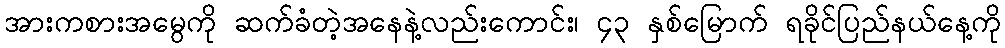
အားကစားအမွေကို ဆက်ခံတဲ့အနေနဲ့လည်းကောင်း၊ ၄၃ နှစ်မြောက် ရခိုင်ပြည်နယ်နေ့ကို